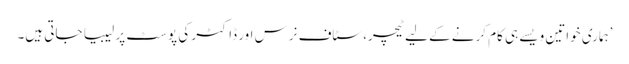
’ہماری خواتین ویسے ہی کام کرنے کے لیے ٹیچر، سٹاف نرس اور ڈاکٹر کی پوسٹ پر لیبیا جاتی ہیں۔